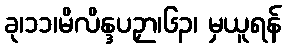
ခု၊၁၁၊မိလိန္ဒပဉှာ၊၆၃၊ မှယူရန်